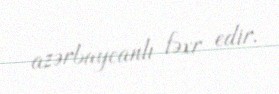
azərbaycanlı fəxr edir.